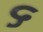
૬